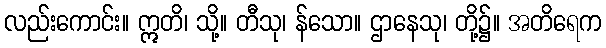
လည်းကောင်း။ ဣတိ၊ သို့။ တီသု၊ န်သော။ ဌာနေသု၊ တို့၌။ အတိရေက